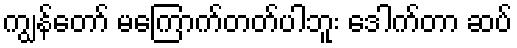
ကျွန်တော် မကြောက်တတ်ပါဘူး ဒေါက်တာ ဆပ်